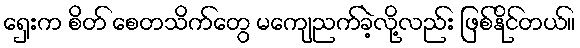
ရှေးက စိတ် စေတသိက်တွေ မကျေညက်ခဲ့လို့လည်း ဖြစ်နိုင်တယ်။